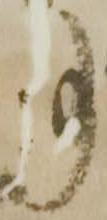
事